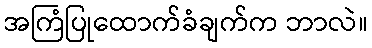
အကြံပြုထောက်ခံချက်က ဘာလဲ။